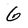
Character: G